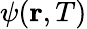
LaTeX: \psi(\mathbf{r},T)